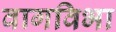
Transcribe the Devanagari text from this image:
वागविभा